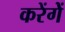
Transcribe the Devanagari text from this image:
करेंगेें